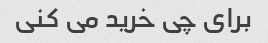
برای چی خرید می کنی